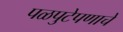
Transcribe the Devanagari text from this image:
पळपुटेपणाचे